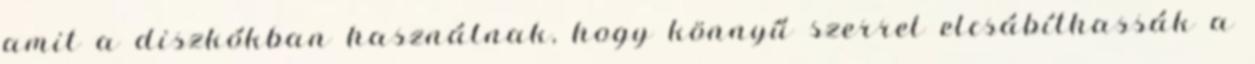
amit a diszkókban használnak, hogy könnyű szerrel elcsábíthassák a